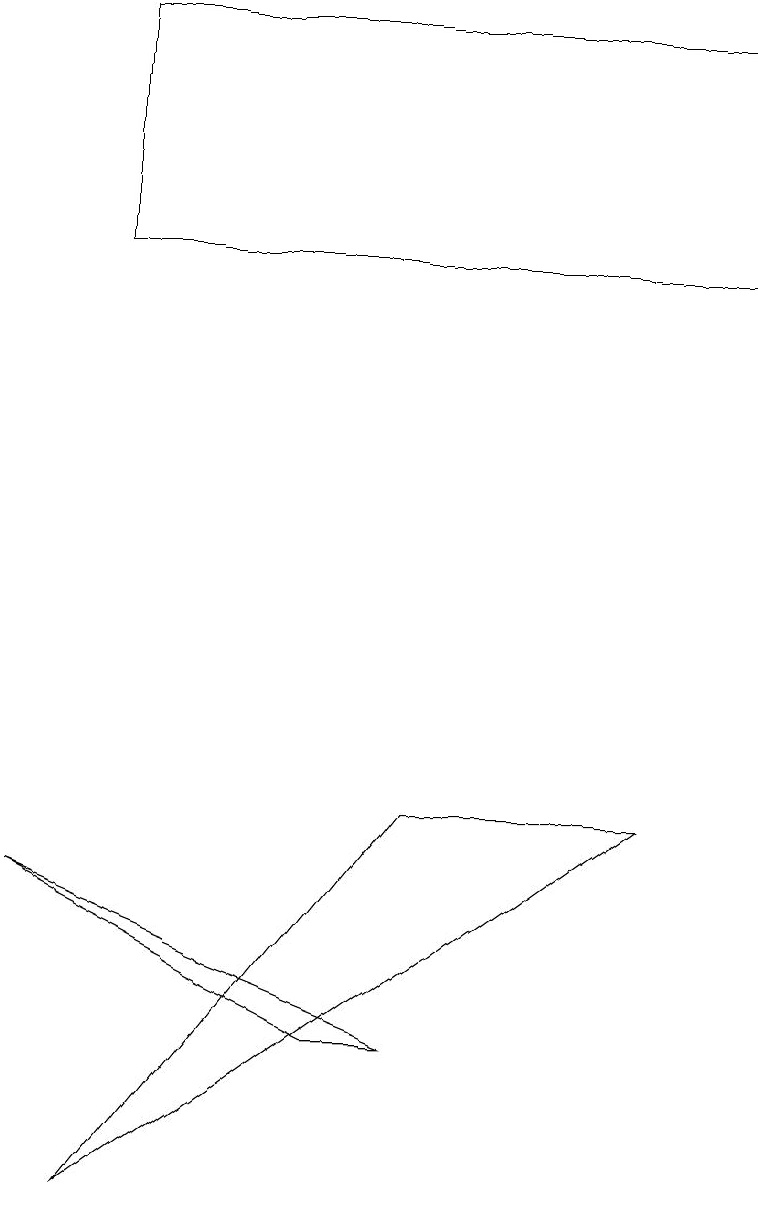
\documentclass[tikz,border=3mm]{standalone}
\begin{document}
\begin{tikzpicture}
\draw (4,3) -- (5,3) -- (0,5) -- cycle;
\draw (1,1) -- (5,6) -- (8,6) -- cycle;
\draw (1,13) rectangle (9,16);
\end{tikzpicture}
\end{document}